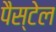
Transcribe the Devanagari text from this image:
पैस्टेल